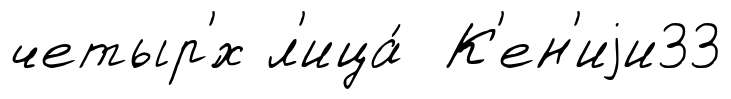
четыр'́х л'ица́ К'ен'иjи33